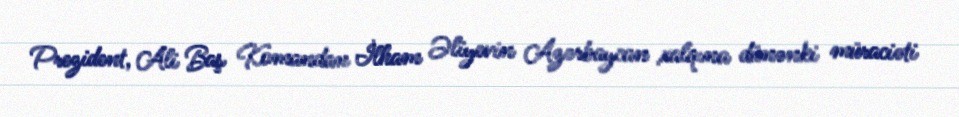
Prezident, Ali Baş Komandan İlham Əliyevin Azərbaycan xalqına dünənki müraciəti